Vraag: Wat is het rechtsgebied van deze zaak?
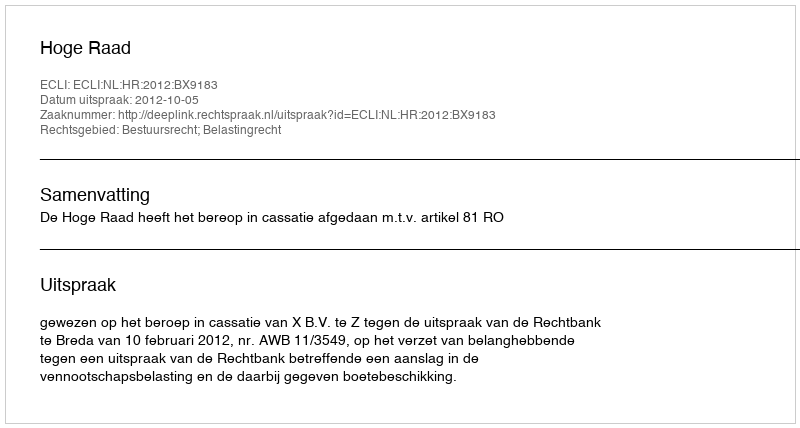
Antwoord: Bestuursrecht; Belastingrecht